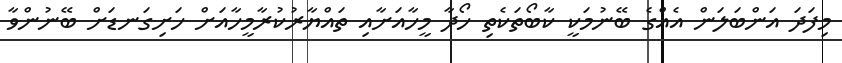
މިފަދަ އަންބަލަން އެއްގެ ބޭނުމަކީ ކާބޯތަކެތި ހޯދާ މީހާއަށާއި ތައްޔާރުކުރާމީހާއަށް ހަށިގަނޑަށް ބޭނުންވާ